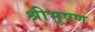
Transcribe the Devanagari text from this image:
श्रीभूषण